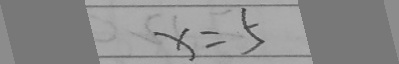
x = 5